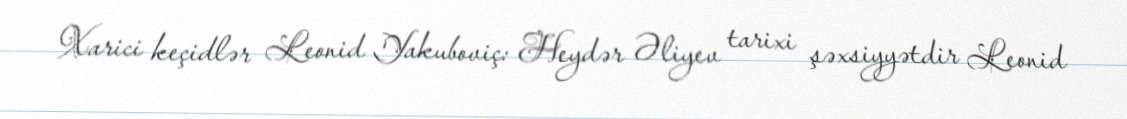
Xarici keçidlər Leonid Yakuboviç: Heydər Əliyev tarixi şəxsiyyətdir Leonid